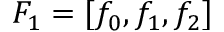
F _ { 1 } = [ f _ { 0 } , f _ { 1 } , f _ { 2 } ]